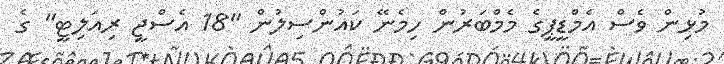
މުޅިން ވެސް އެމްޑީޕީގެ މެމްބަރުން ހިމެނޭ ކައުންސިލުން "18 އެސްޖީ ރިއަލިޓީ" ގެ